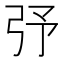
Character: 𢎻